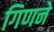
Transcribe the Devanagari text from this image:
गिणने